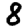
Digit: 8